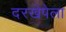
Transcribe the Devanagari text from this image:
दरखेपेला